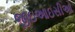
જીઇઆઇસીઓ